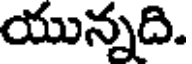
యున్నది.